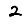
Digit: 2